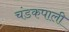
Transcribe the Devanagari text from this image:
चंडकपाली